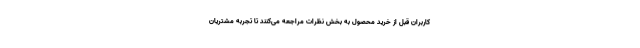
کاربران قبل از خرید محصول به بخش نظرات مراجعه می‌کنند تا تجربه مشتریان